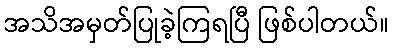
အသိအမှတ်ပြုခဲ့ကြရပြီ ဖြစ်ပါတယ်။